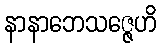
နာနာဘေသဇ္ဇေဟိ